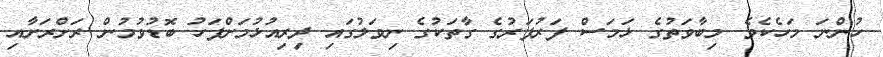
ހުންނަ މަހެކެވެ. މިބާވަތުގެ ޅަމަސް ފަރުފަރުގެ ގާތަކުގެ ނިވަލުގައި ދިރިއުޅުމަށްފަހު ބޮޑުވުމުން ރަށްރަށާއި